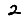
Digit: 2